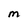
Character: M